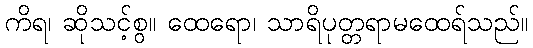
ကိရ၊ ဆိုသင့်စွ။ ထေရော၊ သာရိပုတ္တရာမထေရ်သည်။